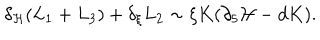
LaTeX: \delta _ { \cal H } ( L _ { 1 } + L _ { 3 } ) + \delta _ { \xi } L _ { 2 } \sim \xi K ( \partial _ { 5 } { \cal H } - d K ) .